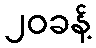
၂၀ခန့်